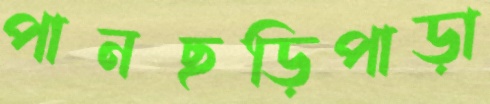
পানছড়িপাড়া